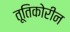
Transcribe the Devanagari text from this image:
तूतिकोरीन